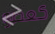
كعضو